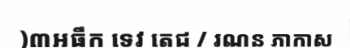
)៣អធឹក ទេវ តេជ / រណន ភាកាស